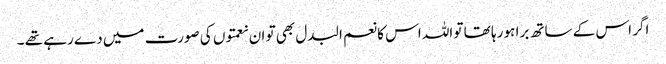
اگر اس کے ساتھ برا ہو رہا تھا تو اللہ اس کا نعم البدل بھی تو ان نعمتوں کی صورت میں دے رہے تھے ۔